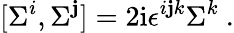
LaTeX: [\Sigma^{i},\Sigma^{\mathbf{j}}]=2\mathrm{{i}}\epsilon^{i\mathbf{j}k}\Sigma^{k}\ .